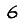
Digit: 6